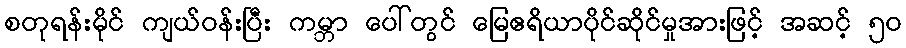
စတုရန်းမိုင် ကျယ်ဝန်းပြီး ကမ္ဘာ ပေါ်တွင် မြေဧရိယာပိုင်ဆိုင်မှုအားဖြင့် အဆင့် ၅၀